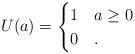
LaTeX: \begin{align*}U(a)=\begin{cases}1 & a\geq 0 \\0 & .\end{cases}\end{align*}